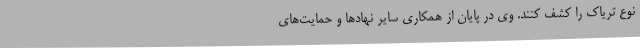
نوع تریاک را کشف کنند. وی در پایان از همکاری سایر نهادها و حمایت‌های